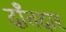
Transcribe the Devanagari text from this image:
दाँतदार